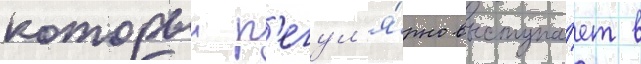
которыи р'егул'я́рно выступа́ет в